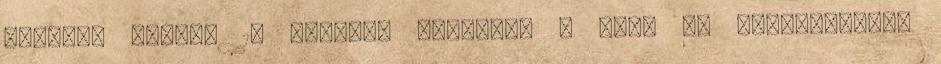
lehetsz Ébredj 10 perccel korábban - hidd el rémisztőbben